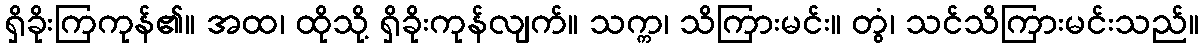
ရှိခိုးကြကုန်၏။ အထ၊ ထိုသို့ ရှိခိုးကုန်လျက်။ သက္က၊ သိကြားမင်း။ တွံ၊ သင်သိကြားမင်းသည်။